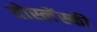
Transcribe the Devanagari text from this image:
वोस्लेंस्की